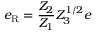
e _ { \mathrm { R } } = \frac { Z _ { 2 } } { Z _ { 1 } } Z _ { 3 } ^ { 1 / 2 } e